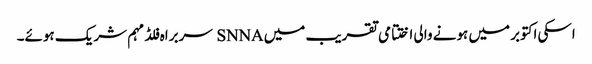
اسکی اکتوبر میں ہونے والی اختتامی تقریب میں SNNA سربراہ فلڈ مہم شریک ہوئے۔